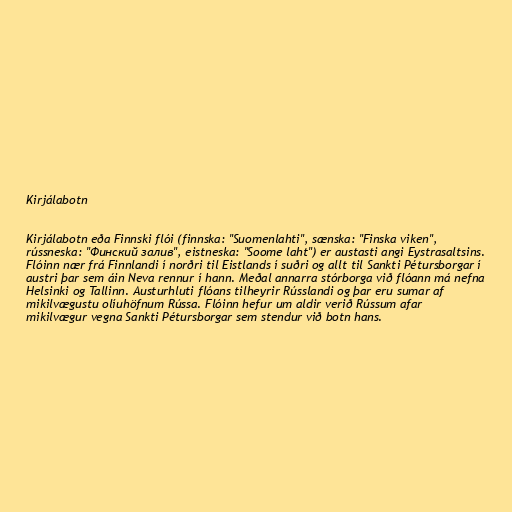
Kirjálabotn

Kirjálabotn eða Finnski flói (finnska: "Suomenlahti", sænska: "Finska viken",
rússneska: "Финский залив", eistneska: "Soome laht") er austasti angi Eystrasaltsins.
Flóinn nær frá Finnlandi í norðri til Eistlands í suðri og allt til Sankti Pétursborgar í
austri þar sem áin Neva rennur í hann. Meðal annarra stórborga við flóann má nefna
Helsinki og Tallinn. Austurhluti flóans tilheyrir Rússlandi og þar eru sumar af
mikilvægustu olíuhöfnum Rússa. Flóinn hefur um aldir verið Rússum afar
mikilvægur vegna Sankti Pétursborgar sem stendur við botn hans.